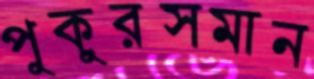
পুকুরসমান